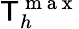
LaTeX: \mathsf{T}_{h}^{\mathrm{{~m~a~x~}}}